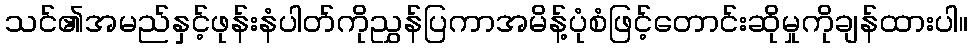
သင်၏အမည်နှင့်ဖုန်းနံပါတ်ကိုညွှန်ပြကာအမိန့်ပုံစံဖြင့်တောင်းဆိုမှုကိုချန်ထားပါ။